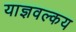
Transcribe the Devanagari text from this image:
याज्ञवल्कय